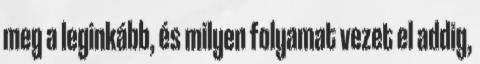
meg a leginkább, és milyen folyamat vezet el addig,